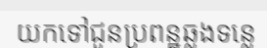
យកទៅជូនប្រពន្ឋឆ្លងទន្លេ